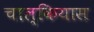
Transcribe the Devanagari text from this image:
चाल्कियास